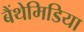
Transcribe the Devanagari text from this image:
बैंथेमिडिया